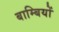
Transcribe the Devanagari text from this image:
बाम्बियों